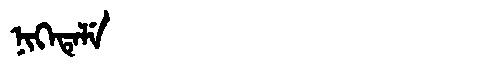
Manchu: ᠨᡳᡴᡝᡨᡝᠯᡝ
Romanization: NIKETELE